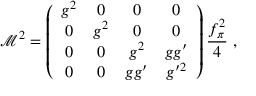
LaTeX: \mathcal { M } ^ { 2 } = \left( \begin{array} { c c c c } { { g ^ { 2 } } } & { { 0 } } & { { 0 } } & { { 0 } } \\ { { 0 } } & { { g ^ { 2 } } } & { { 0 } } & { { 0 } } \\ { { 0 } } & { { 0 } } & { { g ^ { 2 } } } & { { g g ^ { \prime } } } \\ { { 0 } } & { { 0 } } & { { g g ^ { \prime } } } & { { g ^ { \prime 2 } } } \end{array} \right) \frac { f _ { \pi } ^ { 2 } } { 4 } \; ,